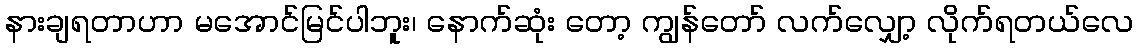
နားချရတာဟာ မအောင်မြင်ပါဘူး၊ နောက်ဆုံး တော့ ကျွန်တော် လက်လျှော့ လိုက်ရတယ်လေ